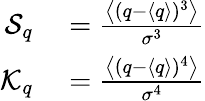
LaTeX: \begin{array}{rl}{\mathcal{S}_{q}}&{{}=\frac{\left\langle(q-\langle q\rangle)^{3}\right\rangle}{\sigma^{3}}}\\ {\mathcal{K}_{q}}&{{}=\frac{\left\langle(q-\langle q\rangle)^{4}\right\rangle}{\sigma^{4}}}\end{array}